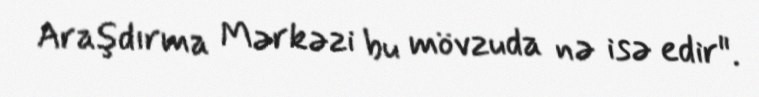
Araşdırma Mərkəzi bu mövzuda nə isə edir".